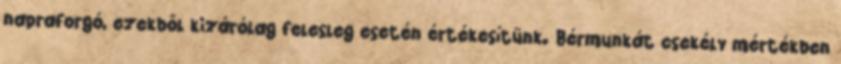
napraforgó, ezekből kizárólag felesleg esetén értékesítünk. Bérmunkát csekély mértékben